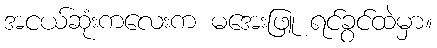
အငယ်ဆုံးကလေးက မအေးဖြူ ရင်ခွင်ထဲမှာ။